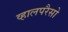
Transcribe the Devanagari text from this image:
व्हालपरैसो